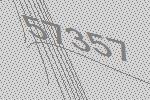
57357